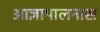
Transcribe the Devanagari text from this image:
आज्ञापालनास